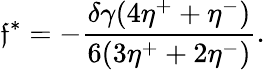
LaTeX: \mathfrak{f}^{*}=-\frac{{\delta\gamma(4\eta^{+}+\eta^{-})}}{{6(3\eta^{+}+2\eta^{-})}}.